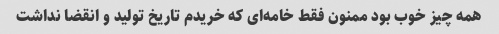
همه چیز خوب بود ممنون فقط خامه‌ای که خریدم تاریخ تولید و انقضا نداشت